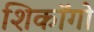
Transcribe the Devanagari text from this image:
शिकॉगो